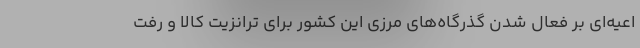
اعیه‌ای بر فعال شدن گذرگاه‌های مرزی این کشور برای ترانزیت کالا و رفت